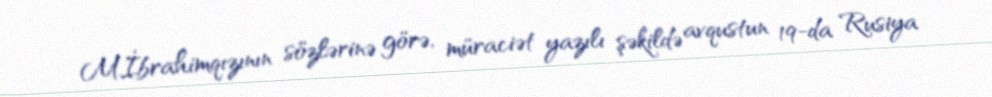
M.İbrahimqızının sözlərinə görə, müraciət yazılı şəkildə avqustun 19-da Rusiya